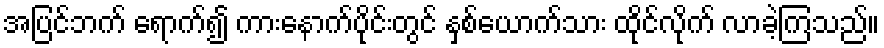
အပြင်ဘက် ရောက်၍ ကားနောက်ပိုင်းတွင် နှစ်ယောက်သား ထိုင်လိုက် လာခဲ့ကြသည်။